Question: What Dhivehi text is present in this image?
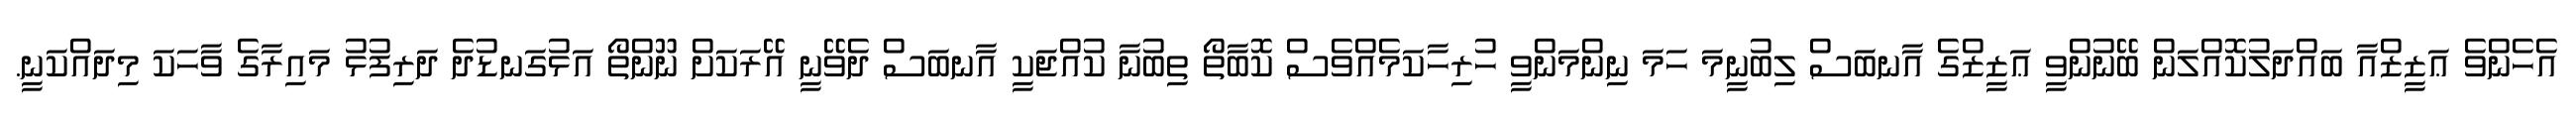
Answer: އެހެންވެ ޢަޒީޒްއާ ބައްދަލުކޮއްލަން ބޭނުންވީ ޢަޒީޒްގެ އާނބަސް ލިބުނީމަ ހަމަ ނިންމަންވީ ހުރިހާކަމެއްވެސް ކޮބާތޯ ތިބުނާ ކުއްޖަކީ އާނބަސް ދެވޭނީ އޭރަކަށް ނޫންތޯ އަޅުގަނޑުދެ ދަރިފުޅު މައިރާގެ ވާހަކަ މިދައްކަނީ.